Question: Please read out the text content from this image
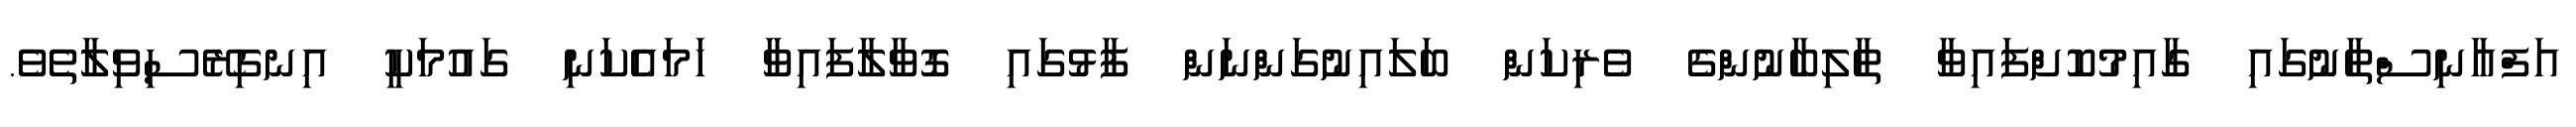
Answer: އަފްޣާނިސްތާނުގައި ގާއިމުކޮށްފައިވާ ތާލިބާނުންގެ ވެރިކަން ބަލައިނުގަންނަން ފާޅުގައި ގޮވާލާފައިވާ ހަމައެކަނި ގައުމަކީ އިނގިރޭސިވިލާތެވެ.